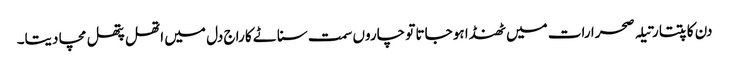
دن کاتپتا رتیلہ صحرا رات میں ٹھنڈا ہو جاتا تو چاروں سمت سناٹے کا راج دل میں اتھل پتھل مچا دیتا۔